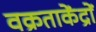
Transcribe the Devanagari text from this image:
वक्रताकेंद्रों